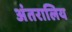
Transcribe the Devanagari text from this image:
अंतरालिय